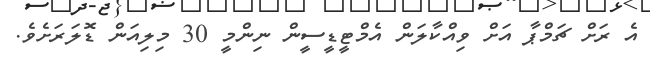
އެ ރަށް ޗަމްޕާ އަށް ވިއްކާލަން އެމްޓީޑީސީން ނިންމީ 30 މިލިއަން ޑޮލަރަށެވެ.